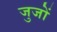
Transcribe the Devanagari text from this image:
जुजों